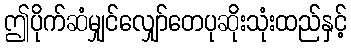
ဤပိုက်ဆံမျှင်လျှော်တေပုဆိုးသုံးထည်နှင့်